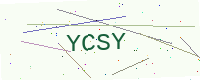
Text: YCSY